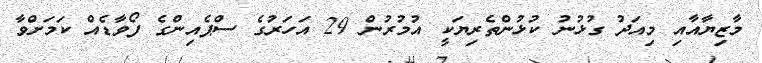
މާޒިޔާއާއި މިއަދު ގުޅުނު ކުޅުންތެރިޔަކީ އުމުރުން 29 އަހަރުގެ ސްޕެއިންގެ ފޯވާޑެއް ކަމަށްވާ